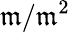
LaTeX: {\mathfrak{m}}/{\mathfrak{m}}^{2}